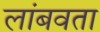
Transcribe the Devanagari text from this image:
लांबवता